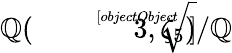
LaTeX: \mathbb{Q}({\sqrt[[objectObject]]{3}},\zeta_{5})/\mathbb{Q}